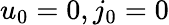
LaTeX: u_{0}=0,j_{0}=0